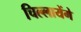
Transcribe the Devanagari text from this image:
चिल्लायेंगे